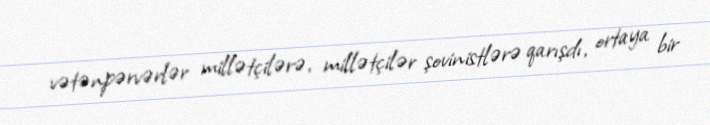
vətənpərvərlər millətçilərə, millətçilər şovinistlərə qarışdı, ortaya bir